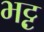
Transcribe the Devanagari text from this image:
भट्ट़